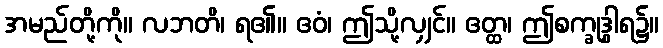
အမည်တို့ကို။ လဘတိ၊ ရ၏။ ဧဝံ၊ ဤသို့လျှင်။ ဧတ္ထ၊ ဤစက္ခုဒွါရ၌။